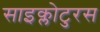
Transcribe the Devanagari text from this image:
साइक्लोटुरस